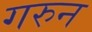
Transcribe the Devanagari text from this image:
गरुन